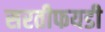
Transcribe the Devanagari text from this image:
सरतीफयडी